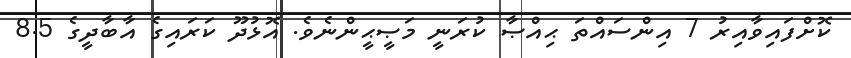
ކޮށްފައިވާއިރު 7 އިންސައްތަ ޙިއްޞާ ކުރަނީ މަޞީޙީންނެވެ. އޮޅުދޫ ކަރައިގެ އާބާދީގެ 8.5